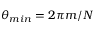
\theta _ { m i n } = 2 \pi m / N